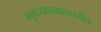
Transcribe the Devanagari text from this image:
गुडघ्याखालपर्यंत